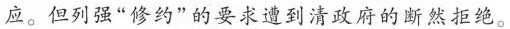
应。但列强”修约”的要求遭到清政府的断然拒绝。